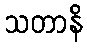
သတာနိ